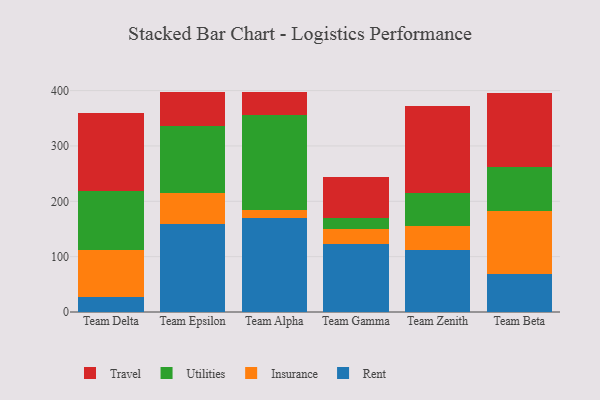
{"axis": {"x": "Team", "y": "Page Views"}, "legend": ["Insurance", "Rent", "Travel", "Utilities"], "data": [{"x": "Team Delta", "y": 27.7, "type": "Rent"}, {"x": "Team Delta", "y": 85.0, "type": "Insurance"}, {"x": "Team Delta", "y": 105.2, "type": "Utilities"}, {"x": "Team Delta", "y": 142.2, "type": "Travel"}, {"x": "Team Epsilon", "y": 158.7, "type": "Rent"}, {"x": "Team Epsilon", "y": 55.6, "type": "Insurance"}, {"x": "Team Epsilon", "y": 121.6, "type": "Utilities"}, {"x": "Team Epsilon", "y": 61.9, "type": "Travel"}, {"x": "Team Alpha", "y": 170.1, "type": "Rent"}, {"x": "Team Alpha", "y": 14.3, "type": "Insurance"}, {"x": "Team Alpha", "y": 172.2, "type": "Utilities"}, {"x": "Team Alpha", "y": 41.6, "type": "Travel"}, {"x": "Team Gamma", "y": 122.4, "type": "Rent"}, {"x": "Team Gamma", "y": 27.8, "type": "Insurance"}, {"x": "Team Gamma", "y": 18.8, "type": "Utilities"}, {"x": "Team Gamma", "y": 75.4, "type": "Travel"}, {"x": "Team Zenith", "y": 112.9, "type": "Rent"}, {"x": "Team Zenith", "y": 42.8, "type": "Insurance"}, {"x": "Team Zenith", "y": 59.5, "type": "Utilities"}, {"x": "Team Zenith", "y": 157.7, "type": "Travel"}, {"x": "Team Beta", "y": 68.8, "type": "Rent"}, {"x": "Team Beta", "y": 112.8, "type": "Insurance"}, {"x": "Team Beta", "y": 79.6, "type": "Utilities"}, {"x": "Team Beta", "y": 133.7, "type": "Travel"}]}